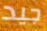
جيد